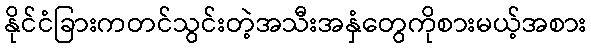
နိုင်ငံခြားကတင်သွင်းတဲ့အသီးအနှံတွေကိုစားမယ့်အစား